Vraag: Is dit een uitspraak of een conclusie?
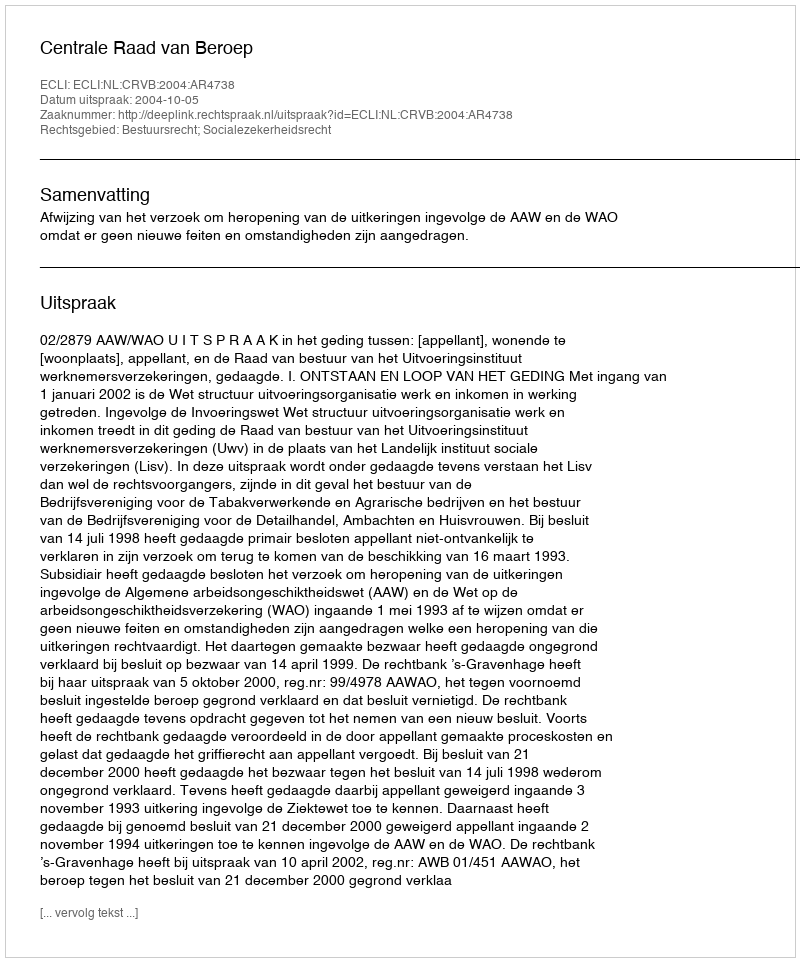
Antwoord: Uitspraak